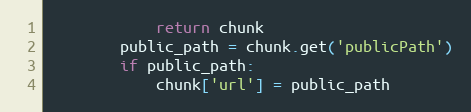
Language: Python
            return chunk
        public_path = chunk.get('publicPath')
        if public_path:
            chunk['url'] = public_path